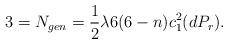
LaTeX: \begin{align*}3 = N_{gen} = \frac{1}{2} \lambda 6 (6 - n) c^{2}_{1}(dP_{r}).\end{align*}